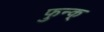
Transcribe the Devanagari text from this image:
फुन्क्